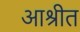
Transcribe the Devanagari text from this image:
आश्रीत